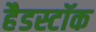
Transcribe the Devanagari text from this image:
हैडस्टॉक